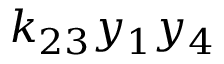
k _ { 2 3 } y _ { 1 } y _ { 4 }